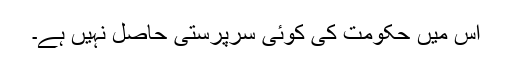
اس میں حکومت کی کوئی سرپرستی حاصل نہیں ہے۔